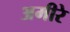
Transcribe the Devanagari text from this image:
अमीरे